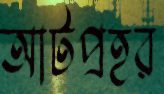
আটপ্রহর